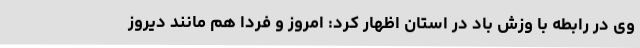
وی در رابطه با وزش باد در استان اظهار کرد: امروز و فردا هم مانند دیروز